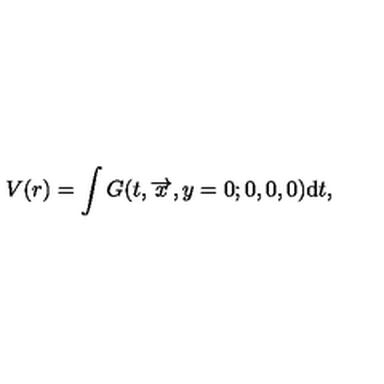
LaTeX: V ( r ) = \int G ( t , \overrightarrow { x } , y = 0 ; 0 , 0 , 0 ) \mathrm { d } t ,